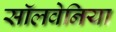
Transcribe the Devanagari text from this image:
सॉलवेनिया